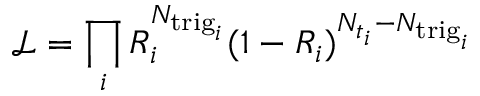
\mathcal { L } = \prod _ { i } { R _ { i } ^ { N _ { \mathrm { t r i g } _ { i } } } ( 1 - R _ { i } ) ^ { N _ { t _ { i } } - N _ { \mathrm { t r i g } _ { i } } } }